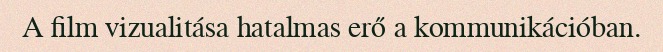
A film vizualitása hatalmas erő a kommunikációban.